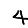
Digit: 4